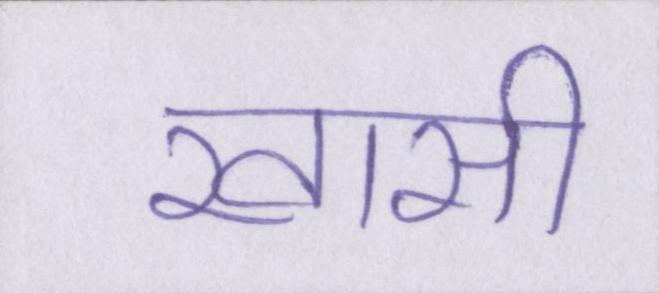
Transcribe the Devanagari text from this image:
खासी